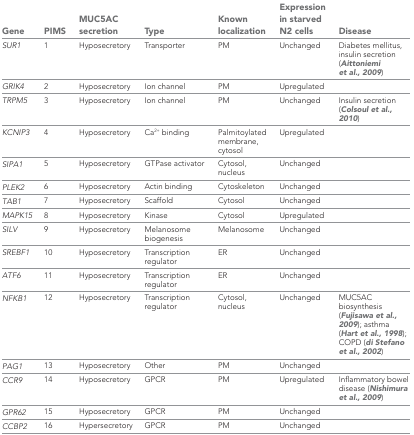
<table><thead><tr><td><b>Gene</b></td><td><b>PIMS</b></td><td><b>MUC5AC secretion</b></td><td><b>Type</b></td><td><b>Known localization</b></td><td><b>Expression in starved N2 cells</b></td><td><b>Disease</b></td></tr></thead><tbody><tr><td><i>SUR1</i></td><td>1</td><td>Hyposecretory</td><td>Transporter</td><td>PM</td><td>Unchanged</td><td>Diabetes mellitus, insulin secretion (Aittoniemi et al., 2009)</td></tr><tr><td><i>GRIK4</i></td><td>2</td><td>Hyposecretory</td><td>Ion channel</td><td>PM</td><td>Upregulated</td><td></td></tr><tr><td><i>TRPM5</i></td><td>3</td><td>Hyposecretory</td><td>Ion channel</td><td>PM</td><td>Unchanged</td><td>Insulin secretion (Colsoul et al., 2010)</td></tr><tr><td><i>KCNIP3</i></td><td>4</td><td>Hyposecretory</td><td>Ca<sup>2+</sup> binding</td><td>Palmitoylated membrane, cytosol</td><td>Upregulated</td><td></td></tr><tr><td><i>SIPA1</i></td><td>5</td><td>Hyposecretory</td><td>GTPase activator</td><td>Cytosol, nucleus</td><td>Unchanged</td><td></td></tr><tr><td><i>PLEK2</i></td><td>6</td><td>Hyposecretory</td><td>Actin binding</td><td>Cytoskeleton</td><td>Unchanged</td><td></td></tr><tr><td><i>TAB1</i></td><td>7</td><td>Hyposecretory</td><td>Scaffold</td><td>Cytosol</td><td>Unchanged</td><td></td></tr><tr><td><i>MAPK15</i></td><td>8</td><td>Hyposecretory</td><td>Kinase</td><td>Cytosol</td><td>Upregulated</td><td></td></tr><tr><td><i>SILV</i></td><td>9</td><td>Hyposecretory</td><td>Melanosome biogenesis</td><td>Melanosome</td><td>Unchanged</td><td></td></tr><tr><td><i>SREBF1</i></td><td>10</td><td>Hyposecretory</td><td>Transcription regulator</td><td>ER</td><td>Unchanged</td><td></td></tr><tr><td><i>ATF6</i></td><td>11</td><td>Hyposecretory</td><td>Transcription regulator</td><td>ER</td><td>Unchanged</td><td></td></tr><tr><td><i>NFKB1</i></td><td>12</td><td>Hyposecretory</td><td>Transcription regulator</td><td>Cytosol, nucleus</td><td>Unchanged</td><td>MUC5AC biosynthesis (Fujisawa et al., 2009); asthma (Hart et al., 1998); COPD (di Stefano et al., 2002)</td></tr><tr><td><i>PAG1</i></td><td>13</td><td>Hyposecretory</td><td>Other</td><td>PM</td><td>Unchanged</td><td></td></tr><tr><td><i>CCR9</i></td><td>14</td><td>Hyposecretory</td><td>GPCR</td><td>PM</td><td>Upregulated</td><td>Inflammatory bowel disease (Nishimura et al., 2009)</td></tr><tr><td><i>GPR62</i></td><td>15</td><td>Hyposecretory</td><td>GPCR</td><td>PM</td><td>Unchanged</td><td></td></tr><tr><td><i>CCBP2</i></td><td>16</td><td>Hypersecretory</td><td>GPCR</td><td>PM</td><td>Unchanged</td><td></td></tr></tbody></table>